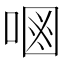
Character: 𠷝